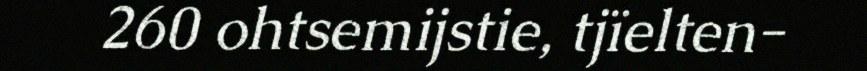
260 ohtsemijstie, tjïelten-